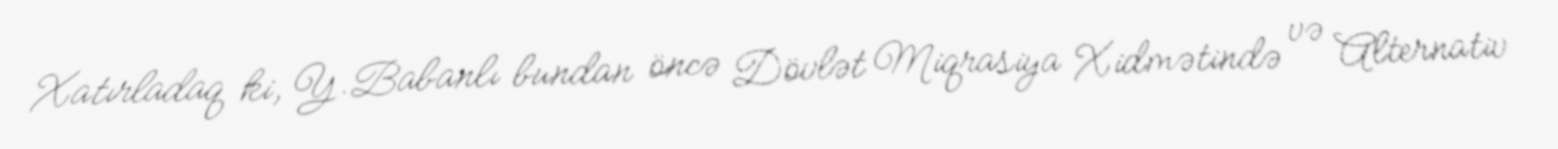
Xatırladaq ki, Y.Babanlı bundan öncə Dövlət Miqrasiya Xidmətində və Alternativ